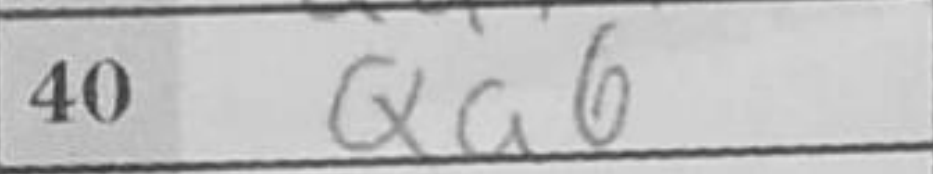
Transcription: Qa6